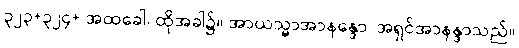
၃၂၃+၃၂၄+ အထခေါ၊ ထိုအခါ၌။ အာယသ္မာအာနန္ဒော၊ အရှင်အာနန္ဒာသည်။